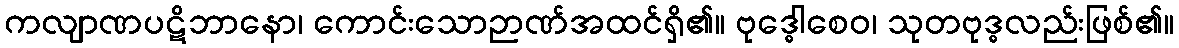
ကလျာဏပဋိဘာနော၊ ကောင်းသောဉာဏ်အထင်ရှိ၏။ ဗုဒ္ဓေါစေဝ၊ သုတဗုဒ္ဓလည်းဖြစ်၏။